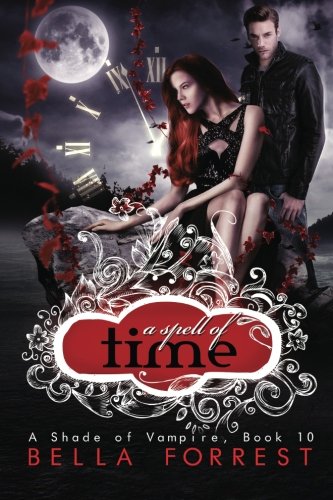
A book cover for A Shade of Vampire 10: A Spell of Time (Volume 10); Bella Forrest; Romance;